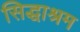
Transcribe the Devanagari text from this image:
सिद्धाश्रम